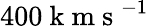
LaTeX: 400\mathrm{~k~m~s~}^{-1}